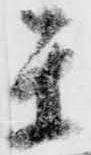
閏